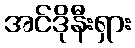
အင်ဒိုနီးရှား